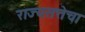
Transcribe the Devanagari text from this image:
राज्यसत्तेचा